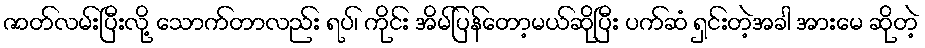
ဇာတ်လမ်းပြီးလို့ သောက်တာလည်း ရပ်၊ ကိုင်း အိမ်ပြန်တော့မယ်ဆိုပြီး ပက်ဆံ ရှင်းတဲ့အခါ အားမေ ဆိုတဲ့